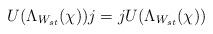
LaTeX: \begin{align*}U(\Lambda _{W_{st}}(\chi ))j=jU(\Lambda _{W_{st}}(\chi )) \end{align*}